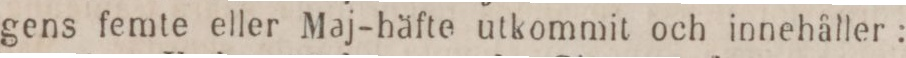
gens femte eller Maj-häfte utkommit och innehåller: